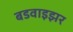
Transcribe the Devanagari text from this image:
बडवाइझर